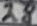
Text: 28